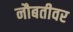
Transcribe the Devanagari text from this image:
नौबतीवर